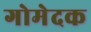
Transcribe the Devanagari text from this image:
गोमेदक